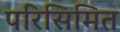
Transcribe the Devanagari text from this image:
परिसिमित